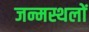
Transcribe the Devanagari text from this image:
जन्मस्थलों